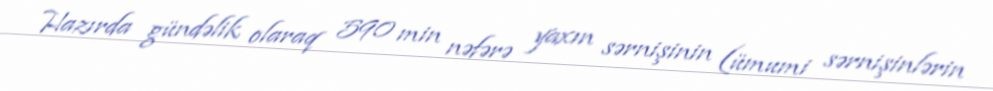
Hazırda gündəlik olaraq 590 min nəfərə yaxın sərnişinin (ümumi sərnişinlərin